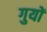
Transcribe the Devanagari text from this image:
गुयों